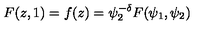
F ( z , 1 ) = f ( z ) = \psi _ { 2 } ^ { - \delta } F ( \psi _ { 1 } , \psi _ { 2 } )